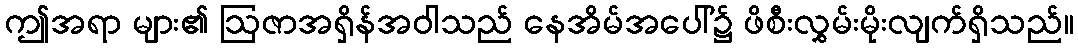
ဤအရာ များ၏ ဩဇာအရှိန်အဝါသည် နေအိမ်အပေါ်၌ ဖိစီးလွှမ်းမိုးလျက်ရှိသည်။